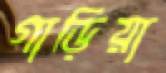
গাড়িয়া